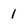
Character: 1